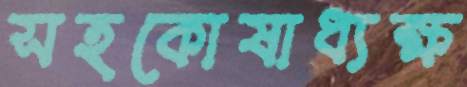
সহকোষাধ্যক্ষ